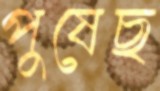
পুষেছ